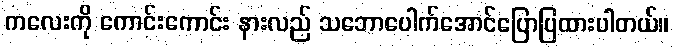
ကလေးကို ကောင်းကောင်း နားလည် သဘောပေါက်အောင်ပြောပြထားပါတယ်။